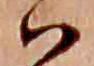
ハ